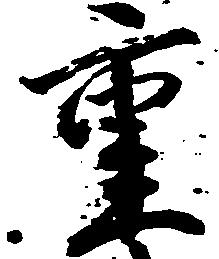
重